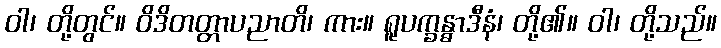
ဝါ၊ တို့တွင်။ ဝိဒိတတ္တာပညာတိ၊ ကား။ ရူပက္ခန္ဓာဒီနံ၊ တို့၏။ ဝါ၊ တို့သည်။